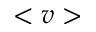
< v >